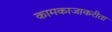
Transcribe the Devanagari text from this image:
कामकाजाकरीता